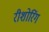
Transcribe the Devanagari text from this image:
रीशोरिंग